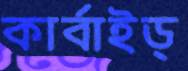
কার্বাইড্‌